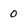
Character: 0